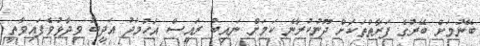
ބޭނުމަށް ބޭރުގެ ފަރާތްތަކަށް ދޫނުކުރާނެ ކަމަށް ނައިބު ރައީސް އަހުމަދު އަދީބު ވިދާޅުވެފައިވާތީ